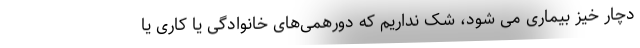
دچار خیز بیماری می شود، شک نداریم که دورهمی‌های خانوادگی یا کاری یا